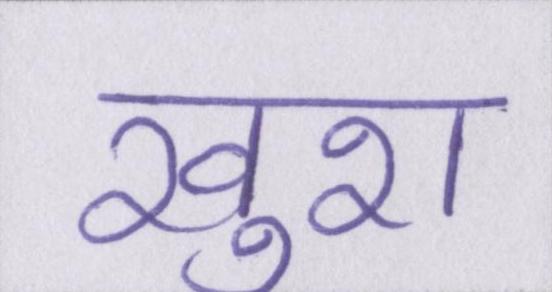
खुश